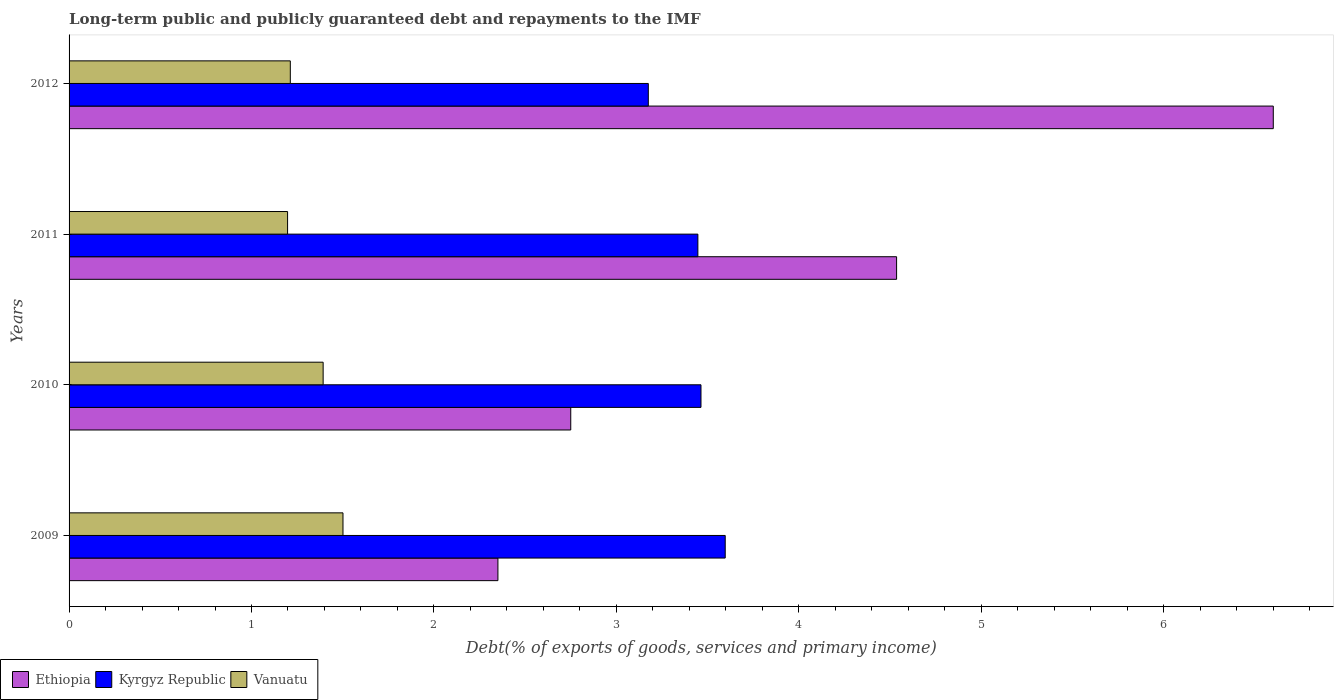
| Years | Ethiopia | Kyrgyz Republic | Vanuatu |
 | --- | --- | --- | --- |
 | 2009 | 2.35 | 3.6 | 1.5 |
 | 2010 | 2.75 | 3.46 | 1.39 |
 | 2011 | 4.54 | 3.45 | 1.2 |
 | 2012 | 6.6 | 3.18 | 1.21 |